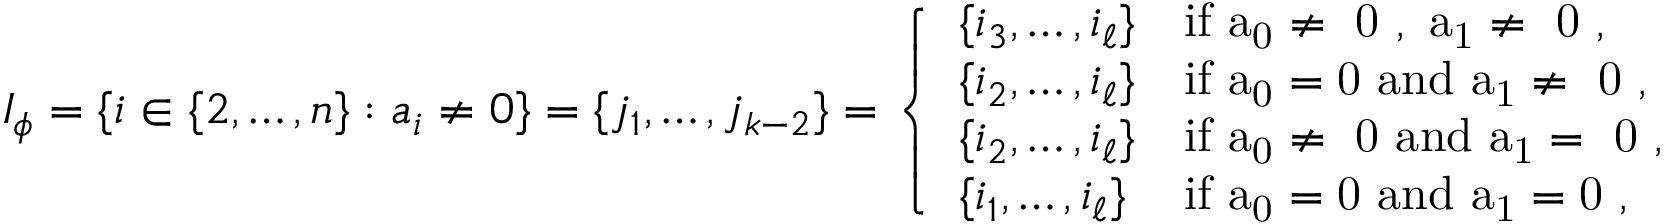
I _ { \phi } = \{ i \in \{ 2 , \ldots , n \} : a _ { i } \neq 0 \} = \{ j _ { 1 } , \ldots , j _ { k - 2 } \} = \left\{ \begin{array} { l l } { \{ i _ { 3 } , \ldots , i _ { \ell } \} } & { \mathrm { i f ~ a _ 0 \neq ~ 0 ~ , ~ a _ 1 \neq ~ 0 ~ , } } \\ { \{ i _ { 2 } , \ldots , i _ { \ell } \} } & { \mathrm { i f ~ a _ 0 = 0 ~ a n d ~ a _ 1 \neq ~ 0 ~ , } } \\ { \{ i _ { 2 } , \ldots , i _ { \ell } \} } & { \mathrm { i f ~ a _ 0 \neq ~ 0 ~ a n d ~ a _ 1 = ~ 0 ~ , } } \\ { \{ i _ { 1 } , \ldots , i _ { \ell } \} } & { \mathrm { i f ~ a _ 0 = 0 ~ a n d ~ a _ 1 = 0 ~ , } } \end{array} \right.